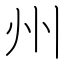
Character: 州